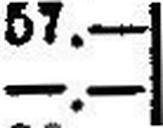
—.—